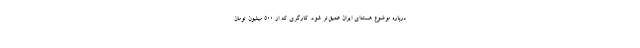
درباره موضوع هسته‌ای ایران عمیق‌تر شود. کارگری که از ۵۰۰ میلیون تومان